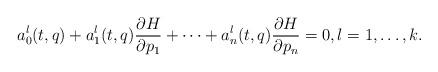
LaTeX: \begin{align*}a_0^l(t,q)+a_1^l(t,q)\frac{\partial H}{\partial p_1}+\dots+a_n^l(t,q)\frac{\partial H}{\partial p_n}=0, l=1,\dots,k.\end{align*}